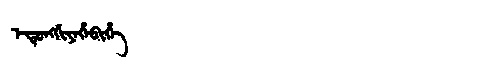
Manchu: ᡝᡩᡠᠩᡤᡳᠶᡝᡥᡝᠪᡳᡥᡝ
Romanization: EDUNGGIYEHEBIHE